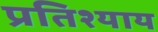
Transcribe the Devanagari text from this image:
प्रतिश्‍याय